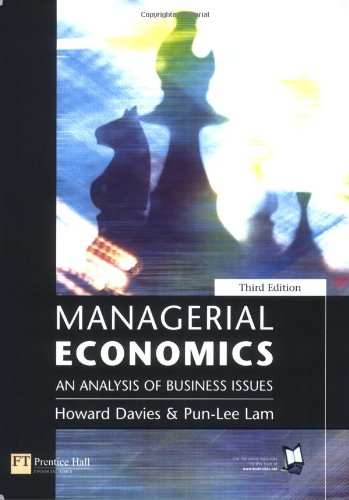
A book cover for Managerial Economics: An Analysis of Business Issues; H. Davies; Humor & Entertainment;